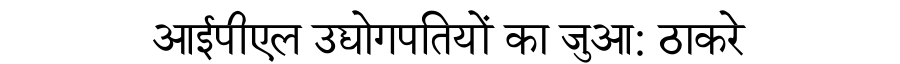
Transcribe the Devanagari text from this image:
आईपीएल उद्योगपतियों का जुआ: ठाकरे